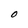
Character: O